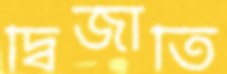
দ্বিজাতি